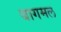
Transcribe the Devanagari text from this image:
बागमल